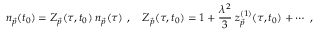
n _ { \vec { p } } ( t _ { 0 } ) = { \cal Z } _ { \vec { p } } ( \tau , t _ { 0 } ) \; n _ { \vec { p } } ( \tau ) ~ , \quad { \cal Z } _ { \vec { p } } ( \tau , t _ { 0 } ) = 1 + \frac { \lambda ^ { 2 } } { 3 } \; z _ { \vec { p } } ^ { ( 1 ) } ( \tau , t _ { 0 } ) + \cdots ~ ,